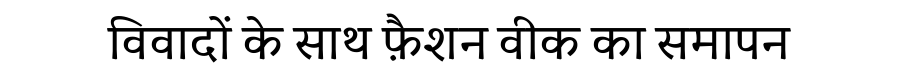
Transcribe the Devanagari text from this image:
विवादों के साथ फ़ैशन वीक का समापन